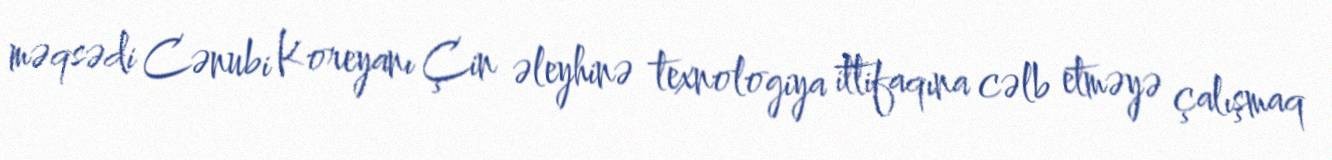
məqsədi Cənubi Koreyanı Çin əleyhinə texnologiya ittifaqına cəlb etməyə çalışmaq